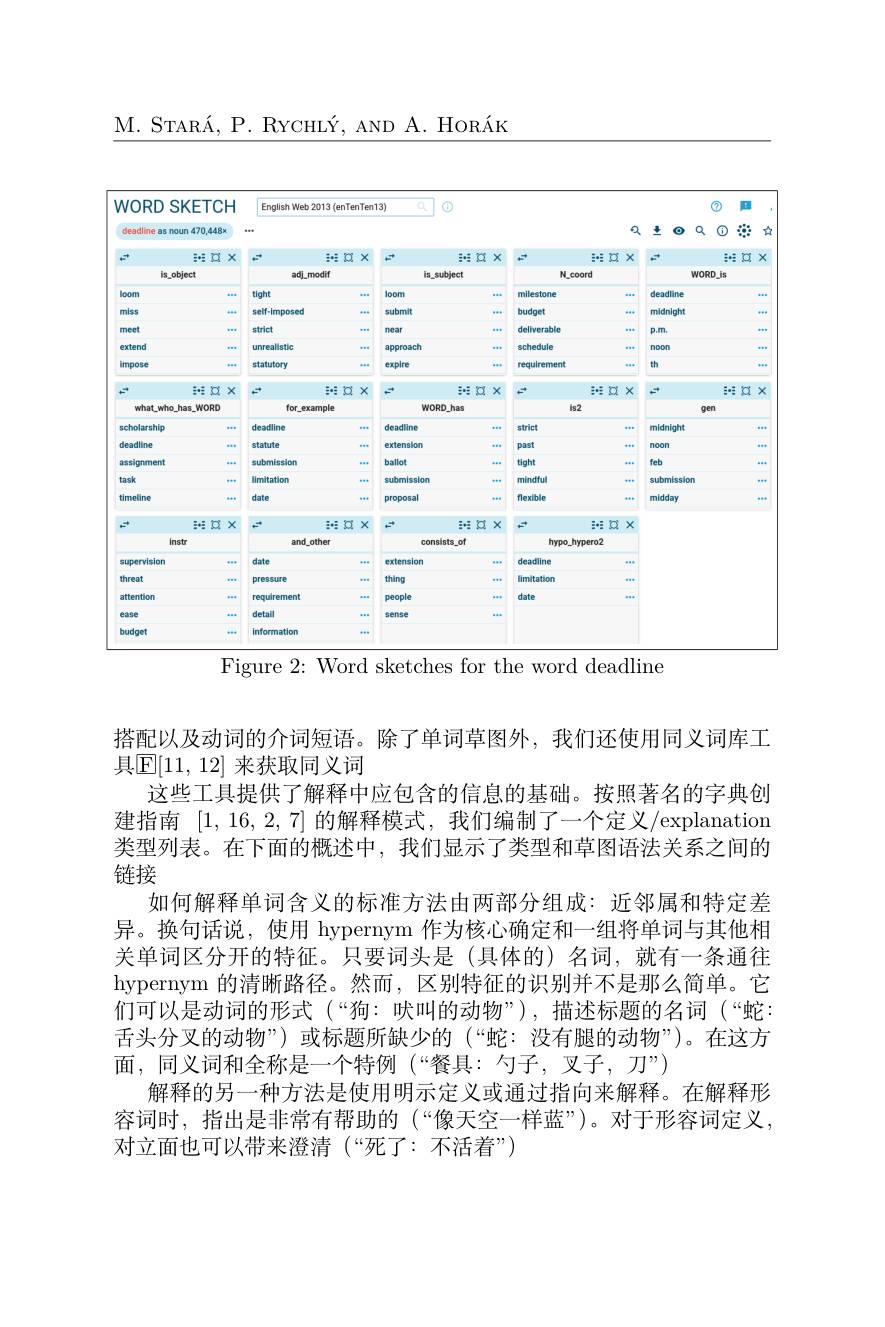
M. STAR$\' {A}$, P. RYCHL$\' {Y}$, AND A. HoR$\' {A}$K

<FigureHere>
Figure 2: Word sketches for the word deadline

搭配以及动词的介词短语。除了单词草图外，我们还使用同义词库工
具$\mathbb{E}[11,12]$ 来获取同义词
这些工具提供了解释中应包含的信息的基础。按照著名的字典创建指南 [1,16,2,7] 的解释模式，我们编制了一个定义/explanatiom 类型列表。在下面的概述中，我们显示了类型和草图语法关系之间的链接
如何解释单词含义的标准方法由两部分组成：近邻属和特定差异。换句话说，使用 hypernym 作为核心确定和一组将单词与其他相关单词区分开的特征。只要词头是(具体的)名词，就有一条通往hypernym 的清晰路径。然而，区别特征的识别并不是那么简单。它们可以是动词的形式(“狗：吠叫的动物”),描述标题的名词(“蛇舌头分叉的动物”)或标题所缺少的(“蛇：没有腿的动物”)。在这方面，同义词和全称是一个特例(“餐具：勺子，叉子，刀”)
解释的另一种方法是使用明示定义或通过指向来解释。在解释形容词时，指出是非常有帮助的(“像天空一样蓝”)。对于形容词定义。对立面也可以带来澄清(“死了：不活着”)